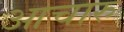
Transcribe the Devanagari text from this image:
आचारु